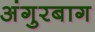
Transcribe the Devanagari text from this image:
अंगुरबाग